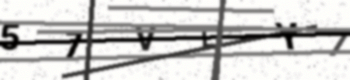
Text: 57VLY7